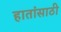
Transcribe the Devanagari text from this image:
हातांसाठी